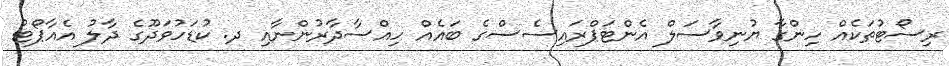
ރިސޯޓުތަކެއް ހިންގާ ޔުނިވާސަލް އެންޓަޕްރައިސެސްގެ ބައެއް ހިއްސާދާރުންނާއި ދ. ކުޑަހުވަދޫގެ ދާލު އެއާޕޯޓު